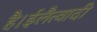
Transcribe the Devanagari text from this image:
है।ईलैत्वादी